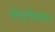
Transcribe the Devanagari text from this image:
वंशानुविश्लेशन